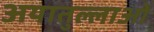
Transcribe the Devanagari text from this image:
अयातुल्लाओं